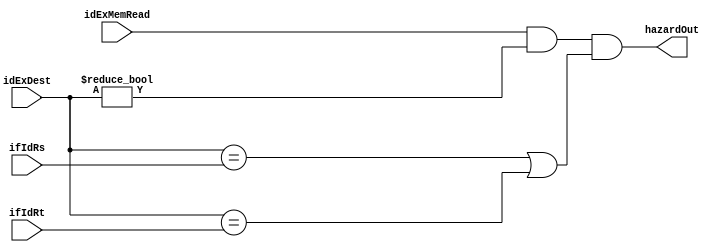
module hazard (
   idExMemRead,
   ifIdRs,
   ifIdRt,
   idExDest,
   hazardOut
);
    input wire idExMemRead;
    input wire  [4:0] ifIdRs,ifIdRt,idExDest;
    output hazardOut;

    assign hazardOut = idExMemRead & (idExDest!=0)&((idExDest == ifIdRs) | (idExDest == ifIdRt));
endmodule